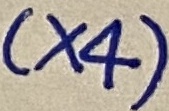
Text: (×4)